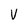
Character: v